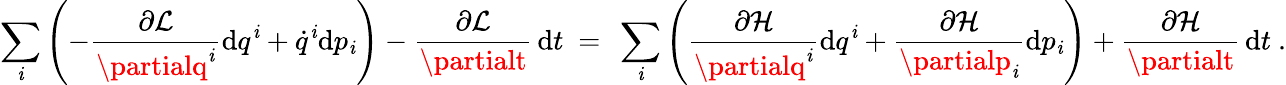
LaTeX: \sum_{\mathit{i}}\left(-{\frac{{\partial{\mathcal{{L}}}}}{{\partialq^{\mathit{i}}}}}\mathrm{{d}}q^{\mathit{i}}+{\dot{{q}}}^{\mathit{i}}\mathrm{{d}}p_{\mathit{i}}\right)-{\frac{{\partial{\mathcal{{L}}}}}{{\partialt}}}\, \mathrm{{d}}t\ =\ \sum_{\mathit{i}}\left({\frac{{\partial{\mathcal{{H}}}}}{{\partialq^{\mathit{i}}}}}\mathrm{{d}}q^{\mathit{i}}+{\frac{{\partial{\mathcal{{H}}}}}{{\partialp_{\mathit{i}}}}}\mathrm{{d}}p_{\mathit{i}}\right)+{\frac{{\partial{\mathcal{{H}}}}}{{\partialt}}}\, \mathrm{{d}}t\ .